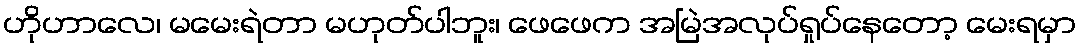
ဟိုဟာလေ၊ မမေးရဲတာ မဟုတ်ပါဘူး၊ ဖေဖေက အမြဲအလုပ်ရှုပ်နေတော့ မေးရမှာ